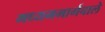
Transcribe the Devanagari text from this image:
मध्यममार्गवाले